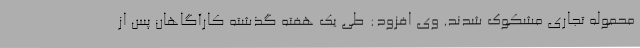
محموله تجاری مشکوک شدند. وی افزود: طی یک هفته گذشته کارآگاهان پس از